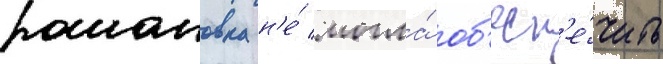
романовка н'е́ могла́ об'есп'е́чить